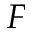
F